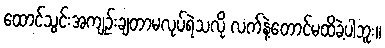
ထောင်သွင်းအကျဉ်းချတာမလုပ်ရဲသလို လက်နဲ့တောင်မထိခဲ့ပါဘူး။